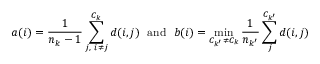
a ( i ) = \frac { 1 } { n _ { k } - 1 } \sum _ { j , ~ i \ne j } ^ { C _ { k } } d ( i , j ) ~ ~ \mathrm { a n d } ~ ~ b ( i ) = \operatorname* { m i n } _ { C _ { k ^ { \prime } } \ne C _ { k } } \frac { 1 } { n _ { k ^ { \prime } } } \sum _ { j } ^ { C _ { k ^ { \prime } } } d ( i , j )